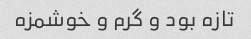
تازه بود و گرم و خوشمزه